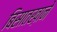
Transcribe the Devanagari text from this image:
बिसातख़ाने